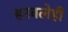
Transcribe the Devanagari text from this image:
हरवलेही